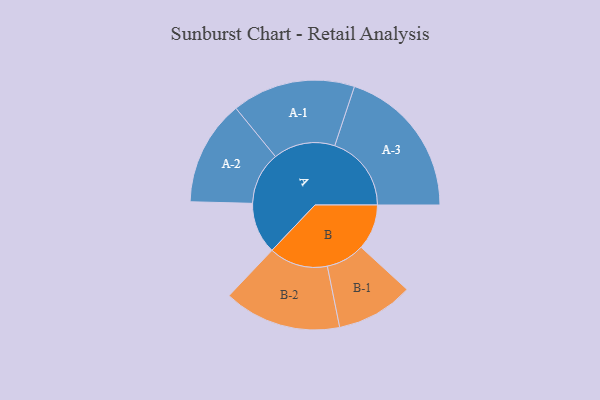
{"axis": {"x": "Segment", "y": "Value"}, "legend": ["", "A", "B"], "data": [{"x": "A", "y": 193, "type": ""}, {"x": "B", "y": 171, "type": ""}, {"x": "A-1", "y": 232, "type": "A"}, {"x": "A-2", "y": 198, "type": "A"}, {"x": "A-3", "y": 288, "type": "A"}, {"x": "B-1", "y": 145, "type": "B"}, {"x": "B-2", "y": 221, "type": "B"}]}